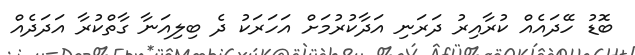
ބޮޑު ހޭދައެއް ކުރާއިރު ދަރަނި އަދާކުރުމަށް އަހަރަކު ދެ ބިލިއަނާ ގާތްކުރާ އަދަދެއް